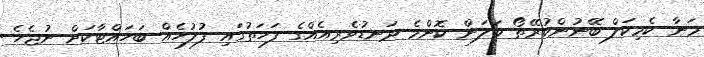
މަނާ ކެމިކަލް ބޭނުންކުރޭތޯ ބަލަން ކޮންމެ ދަނޑުވެރިއެއްގެ ފަހަތުގައި ފުލުހެއް ބަހައްޓާކަށް ނުޖެހެ